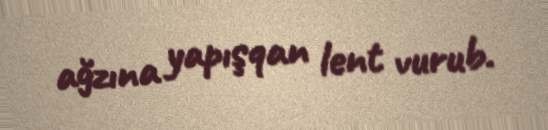
ağzına yapışqan lent vurub.